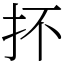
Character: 抔